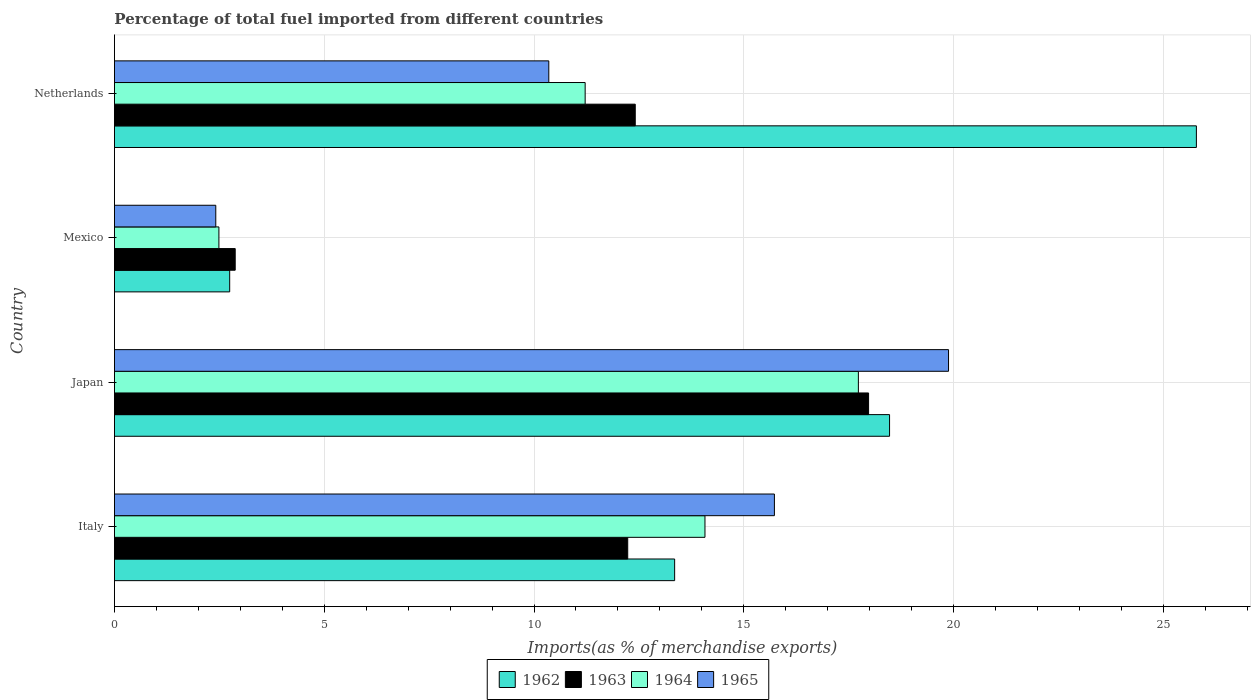
| Country | 1962 | 1963 | 1964 | 1965 |
 | --- | --- | --- | --- | --- |
 | Italy | 13.4 | 12.2 | 14.1 | 15.7 |
 | Japan | 18.5 | 18 | 17.7 | 19.9 |
 | Mexico | 2.75 | 2.88 | 2.49 | 2.42 |
 | Netherlands | 25.8 | 12.4 | 11.2 | 10.4 |